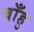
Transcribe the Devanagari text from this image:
बाँहु